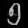
Digit: ၅